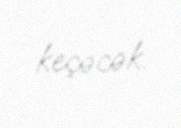
keçəcək.